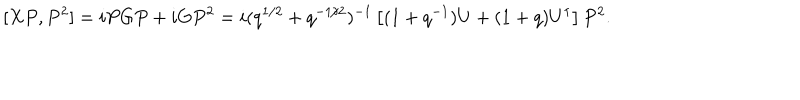
LaTeX: \nonumber [ X P , P ^ { 2 } ] = i P G P + i G P ^ { 2 } = i ( q ^ { 1 / 2 } + q ^ { - 1 / 2 } ) ^ { - 1 } \left[ ( 1 + q ^ { - 1 } ) U + ( 1 + q ) U ^ { \dagger } \right] P ^ { 2 } .